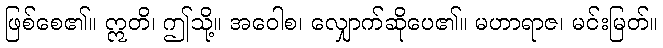
ဖြစ်စေ၏။ ဣတိ၊ ဤသို့။ အဝေါစ၊ လျှောက်ဆိုပေ၏။ မဟာရာဇ၊ မင်းမြတ်။